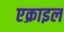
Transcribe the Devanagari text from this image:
एक्राइल